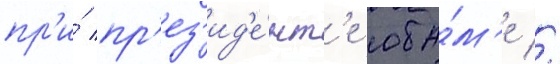
пр'и́ пр'ез'ид'е́нт'е оба́м'е //